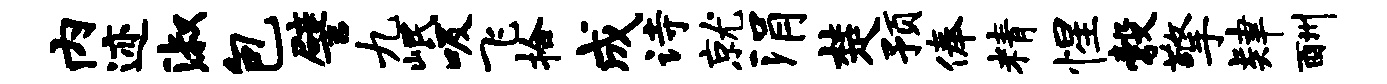
内迹淑包譬九岷吸飞拾成诗就涓楚预俸精惺彀擎肄酬